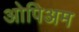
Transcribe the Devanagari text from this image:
ओपिअम